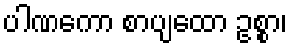
ပါဏကော စာပျထော ဥစ္စာ၊